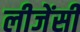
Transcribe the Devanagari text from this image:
लीजेंसी